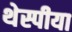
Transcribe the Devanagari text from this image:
थेस्पीया